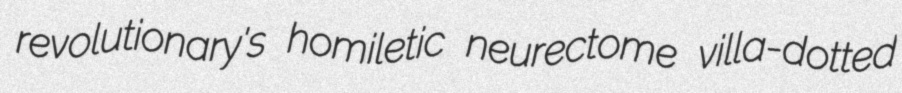
revolutionary's homiletic neurectome villa-dotted